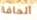
الحافة